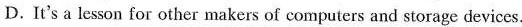
D.It's a lesson for other makers of computcrs and storage devices.